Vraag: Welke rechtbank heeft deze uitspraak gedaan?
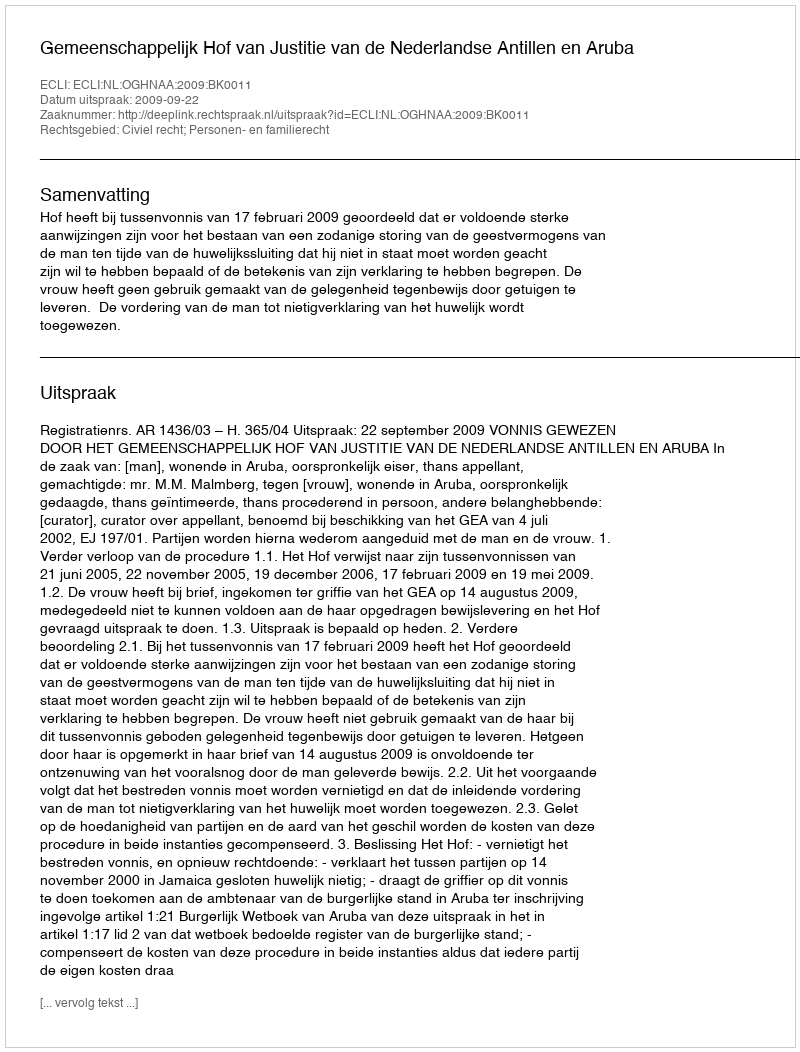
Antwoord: Gemeenschappelijk Hof van Justitie van de Nederlandse Antillen en Aruba